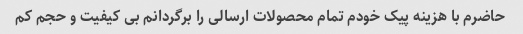
حاضرم با هزینه پیک خودم تمام محصولات ارسالی را برگردانم بی کیفیت و حجم کم